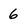
Character: 6